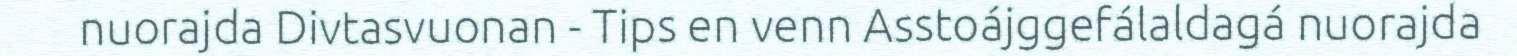
nuorajda Divtasvuonan - Tips en venn Asstoájggefálaldagá nuorajda